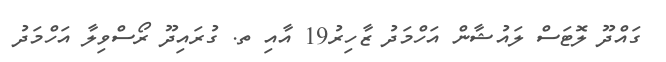
ގައްދޫ ލޮޓަސް ލައުޝާން އަހްމަދު ޒާހިރު19 އާއި ތ. ގުރައިދޫ ރޯސްވިލާ އަހްމަދު